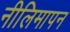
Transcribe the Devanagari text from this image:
नीलिमापन